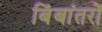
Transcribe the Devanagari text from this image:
बिंबांतरों